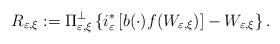
LaTeX: \begin{align*}R_{\varepsilon,\xi}:=\Pi_{\varepsilon,\xi}^{\bot}\left\{ i_{\varepsilon}^{\ast}\left[ b(\cdot)f(W_{\varepsilon,\xi})\right] -W_{\varepsilon,\xi}\right\} .\end{align*}